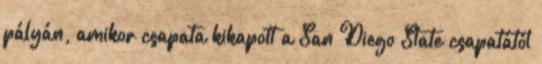
pályán, amikor csapata kikapott a San Diego State csapatától